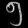
Digit: ၅